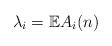
LaTeX: \begin{align*}\lambda_i = \mathbb{E}A_i(n)\end{align*}